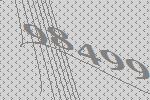
98499